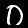
Label: 0